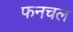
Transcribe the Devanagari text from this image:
फनचल